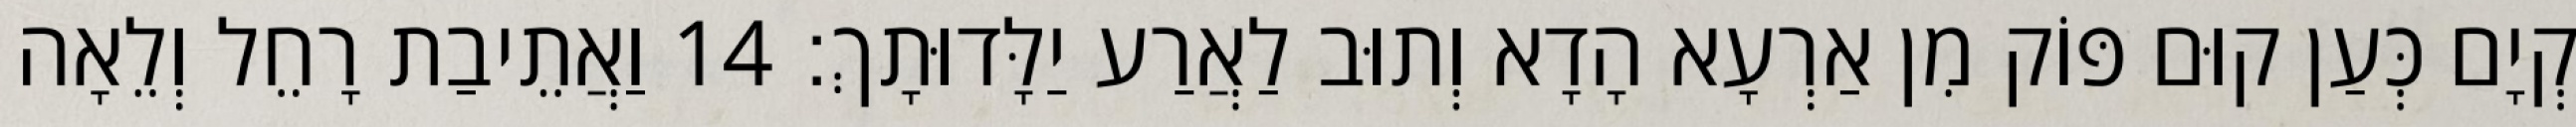
קְיָם כְּעַן קוּם פּוֹק מִן אַרְעָא הָדָא וְתוּב לַאֲרַע יַלָּדוּתָךְ׃ 14 וַאֲתֵיבַת רָחֵל וְלֵאָה